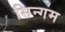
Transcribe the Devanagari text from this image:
सिन्गम